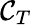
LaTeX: \mathcal{C}_{T}